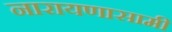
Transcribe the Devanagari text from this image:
नारायणासामी